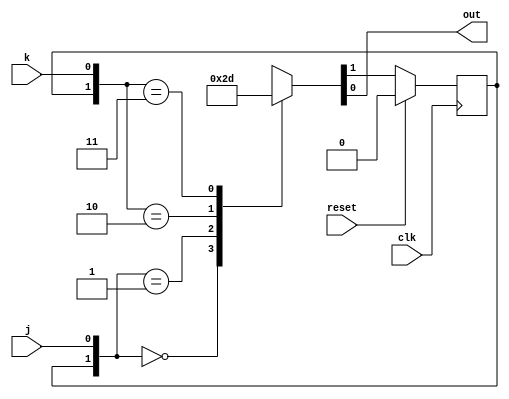
module top_module(
    input wire clk,
    input wire reset,    // Synchronous reset to OFF
    input wire j,
    input wire k,
    output reg out
    );

    parameter OFF=1'b0, ON=1'b1; 
    reg state, next_state;
	
    // State flip-flops with synchronous reset
    always @(posedge clk) 
    begin
        if (reset) state <= OFF;
        else       state <= next_state;
    end
    
    // State transition logic
    always @(*) 
    begin
        casez({state, j, k})
            {OFF, 1'b0, 1'bz}: {next_state, out} = {OFF, 1'b0};
            {OFF, 1'b1, 1'bz}: {next_state, out} = {ON,  1'b0};
            
            {ON,  1'bz, 1'b0}: {next_state, out} = {ON,  1'b1};
            {ON,  1'bz, 1'b1}: {next_state, out} = {OFF, 1'b1};
        endcase
    end

endmodule